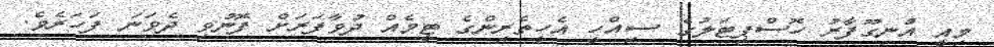
މިއީ އުނގޫފާރު ހޮސްޕިޓަލުގެ ސިއްހީ އެހީތެރިންގެ ޓީމެއް ދުވާފަރަށް ފޮނުވި ދެވަނަ ފަހަރެވެ.